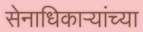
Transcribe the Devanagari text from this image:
सेनाधिकाऱ्यांच्या